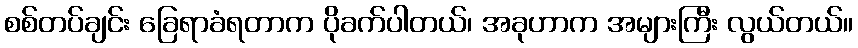
စစ်တပ်ချင်း ခြေရာခံရတာက ပိုခက်ပါတယ်၊ အခုဟာက အများကြီး လွယ်တယ်။